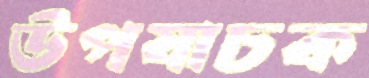
উপযাচক